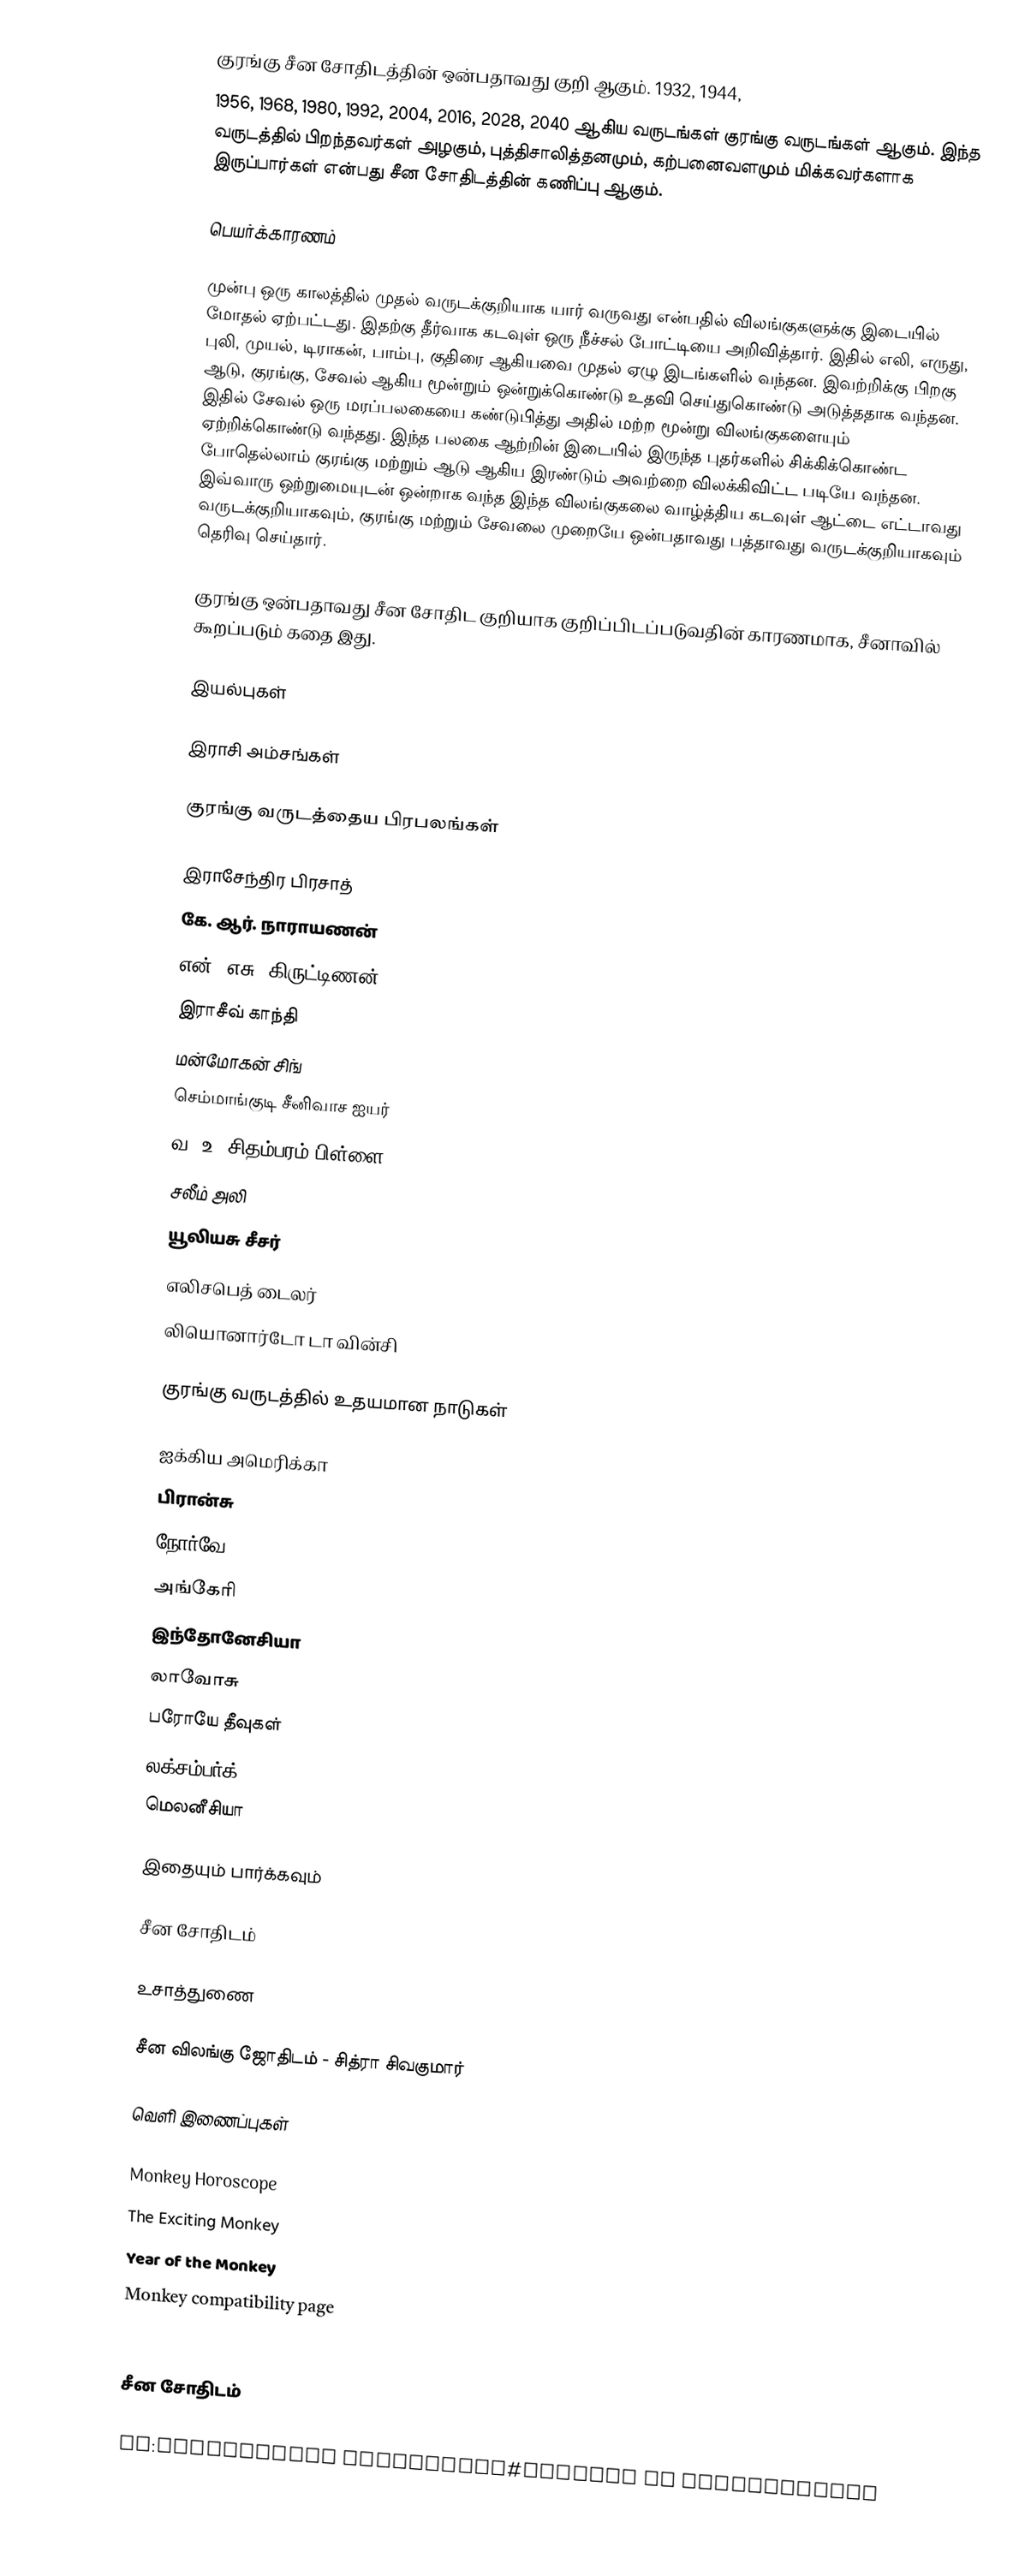
குரங்கு சீன சோதிடத்தின் ஒன்பதாவது குறி ஆகும். 1932, 1944,
1956, 1968, 1980, 1992, 2004, 2016, 2028, 2040 ஆகிய வருடங்கள் குரங்கு வருடங்கள் ஆகும். இந்த வருடத்தில் பிறந்தவர்கள் அழகும், புத்திசாலித்தனமும், கற்பனைவளமும் மிக்கவர்களாக இருப்பார்கள் என்பது சீன சோதிடத்தின் கணிப்பு ஆகும்.

பெயர்க்காரணம்

முன்பு ஒரு காலத்தில் முதல் வருடக்குறியாக யார் வருவது என்பதில் விலங்குகளுக்கு இடையில் மோதல் ஏற்பட்டது. இதற்கு தீர்வாக கடவுள் ஒரு நீச்சல் போட்டியை அறிவித்தார். இதில் எலி, எருது, புலி, முயல், டிராகன், பாம்பு, குதிரை ஆகியவை முதல் ஏழு இடங்களில் வந்தன. இவற்றிக்கு பிறகு ஆடு, குரங்கு, சேவல் ஆகிய மூன்றும் ஒன்றுக்கொண்டு உதவி செய்துகொண்டு அடுத்ததாக வந்தன. இதில் சேவல் ஒரு மரப்பலகையை கண்டுபித்து அதில் மற்ற மூன்று விலங்குகளையும் ஏற்றிக்கொண்டு வந்தது. இந்த பலகை ஆற்றின் இடையில் இருந்த புதர்களில் சிக்கிக்கொண்ட போதெல்லாம் குரங்கு மற்றும் ஆடு ஆகிய இரண்டும் அவற்றை விலக்கிவிட்ட படியே வந்தன. இவ்வாரு ஒற்றுமையுடன் ஒன்றாக வந்த இந்த விலங்குகலை வாழ்த்திய கடவுள் ஆட்டை எட்டாவது வருடக்குறியாகவும், குரங்கு மற்றும் சேவலை முறையே ஒன்பதாவது பத்தாவது வருடக்குறியாகவும் தெரிவு செய்தார்.

குரங்கு ஒன்பதாவது சீன சோதிட குறியாக குறிப்பிடப்படுவதின் காரணமாக, சீனாவில் கூறப்படும் கதை இது.

இயல்புகள்

இராசி அம்சங்கள்

குரங்கு வருடத்தைய பிரபலங்கள்

இராசேந்திர பிரசாத்
கே. ஆர். நாராயணன்
என். எசு. கிருட்டிணன்
இராசீவ் காந்தி
மன்மோகன் சிங்
செம்மாங்குடி சீனிவாச ஐயர்
வ. உ. சிதம்பரம் பிள்ளை
சலீம் அலி
யூலியசு சீசர்
எலிசபெத் டைலர்
லியொனார்டோ டா வின்சி

குரங்கு வருடத்தில் உதயமான நாடுகள்

ஐக்கிய அமெரிக்கா
பிரான்சு
நோர்வே
அங்கேரி
இந்தோனேசியா
லாவோசு
பரோயே தீவுகள்
லக்சம்பர்க்
மெலனீசியா

இதையும் பார்க்கவும்

சீன சோதிடம்

உசாத்துணை

சீன விலங்கு ஜோதிடம் - சித்ரா சிவகுமார்

வெளி இணைப்புகள்

Monkey Horoscope
The Exciting Monkey
Year of the Monkey
Monkey compatibility page
Chinese Zodiac

சீன சோதிடம்

de:Chinesische Astrologie#Zählung ab Jahresbeginn